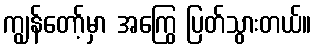
ကျွန်တော့်မှာ အကြွေ ပြတ်သွားတယ်။